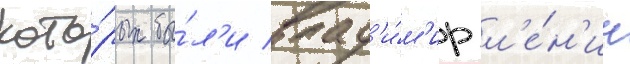
кото́рых бы́л'и влад'и́м'ир л'е́н'ин